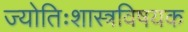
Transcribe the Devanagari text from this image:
ज्योतिःशास्त्रविषयक